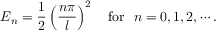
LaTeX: E _ { n } = \frac { 1 } { 2 } \left( \frac { n \pi } { l } \right) ^ { 2 } \quad \mathrm { f o r } ~ ~ n = 0 , 1 , 2 , \cdots .